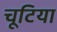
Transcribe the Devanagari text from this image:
चूटिया